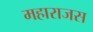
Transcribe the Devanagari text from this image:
महाराजस